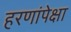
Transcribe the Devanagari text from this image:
हरणांपेक्षा